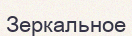
Зеркальное